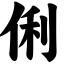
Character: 俐